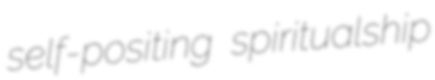
self-positing spiritualship